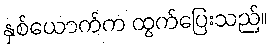
နှစ်ယောက်က ထွက်ပြေးသည်။